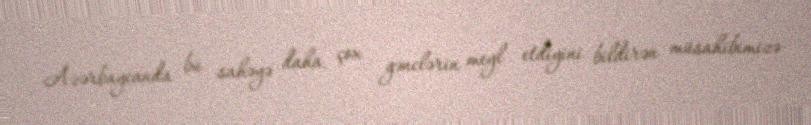
Azərbaycanda bu sahəyə daha çox gənclərin meyl etdiyini bildirən müsahibimizə